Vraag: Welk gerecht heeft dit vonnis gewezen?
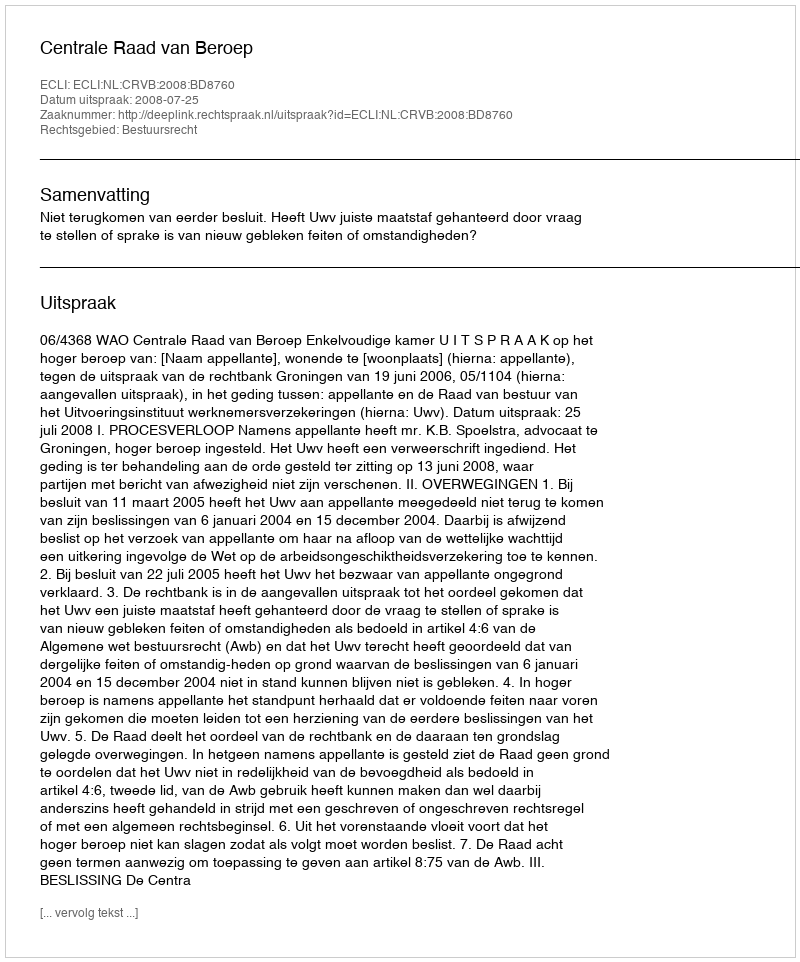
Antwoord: Centrale Raad van Beroep